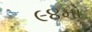
૯૪મો